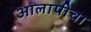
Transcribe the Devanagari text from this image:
आलापीचा